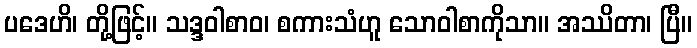
ပဒေဟိ၊ တို့ဖြင့်။ သဒ္ဒဝါစာဝ၊ စကားသံဟူ သောဝါစာကိုသာ။ အဿိတာ၊ ပြီ။